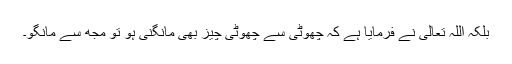
بلکہ اللہ تعالیٰ نے فرمایا ہے کہ چھوٹی سے چھوٹی چیز بھی مانگنی ہو تو مجھ سے مانگو۔